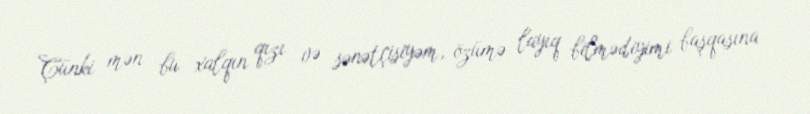
Çünki mən bu xalqın qızı və sənətçisiyəm, özümə layiq bilmədiyimi başqasına